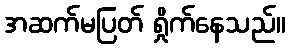
အဆက်မပြတ် ရှိုက်နေသည်။